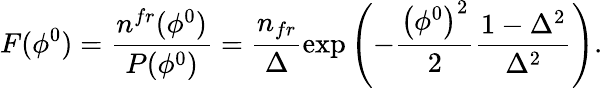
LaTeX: F(\phi^{0})=\frac{n^{fr}(\phi^{0})}{P(\phi^{0})}=\frac{n_{fr}}{\Delta}\exp\left(-\frac{\left(\phi^{0}\right)^{2}}{2}\frac{1-\Delta^{2}}{\Delta^{2}}\right).